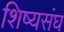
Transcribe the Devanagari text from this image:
शिष्यसंघ